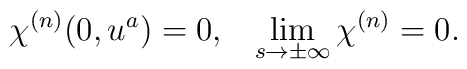
\chi^{(n)}(0, u^a) = 0, \;\;\; \lim_{s \rightarrow \pm \infty}\chi^{(n)} = 0.